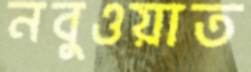
নবুওয়াত